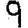
Digit: 9